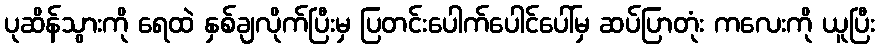
ပုဆိန်သွားကို ရေထဲ နှစ်ချလိုက်ပြီးမှ ပြတင်းပေါက်ပေါင်ပေါ်မှ ဆပ်ပြာတုံး ကလေးကို ယူပြီး